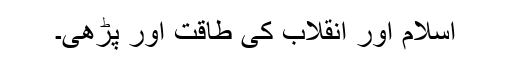
اسلام اور انقلاب کی طاقت اور پڑھی۔